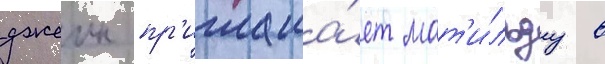
джеин пр'иглаша́ет мат'и́льду в